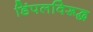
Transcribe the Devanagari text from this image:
डिंपलविरूद्ध